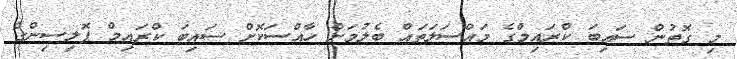
މި ގޮތުން ސައިބަ ކްރައިމްގެ މައްސަލަތައް ބެލުމަށް ހާއްސަކޮށް ސައިބަ ކްރައިމް ޕޮލިސިންގް